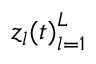
{ z _ { l } ( t ) } _ { l = 1 } ^ { L }